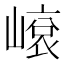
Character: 𡻨